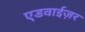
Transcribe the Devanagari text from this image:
एडवाईज़र